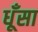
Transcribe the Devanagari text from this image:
धूँसा